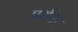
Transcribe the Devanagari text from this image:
प्रर्थना